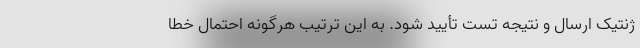
ژنتیک ارسال و نتیجه تست تأیید شود. به این ترتیب هرگونه احتمال خطا